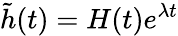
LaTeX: \tilde{h}(t)=H(t)e^{\lambda t}